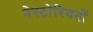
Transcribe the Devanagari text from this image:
नेस्टोरियनों